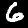
Digit: 6